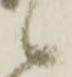
候